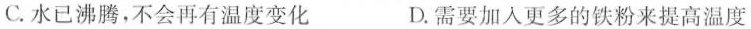
C.水已沸腾，不会再有温度变化 D.需要加入更多的铁粉来提高温度